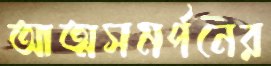
আত্মসমর্পনের